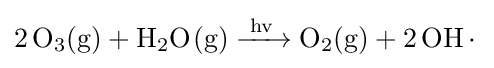
{\ce {2 O3(g) + H2O(g) ->[{hv}] O2(g) + 2OH.}}